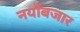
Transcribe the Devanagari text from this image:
नयाँबजार